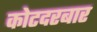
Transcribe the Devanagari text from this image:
कोटदरबार